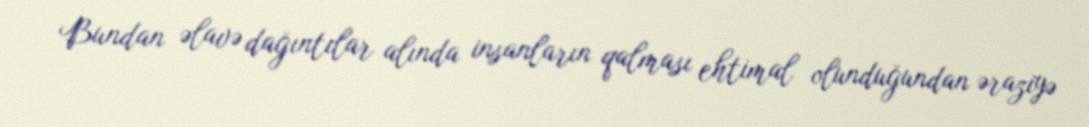
Bundan əlavə dağıntılar alında insanların qalması ehtimal olunduğundan əraziyə